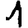
Digit: 1